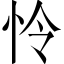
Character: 怜